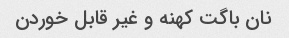
نان باگت کهنه و غیر قابل خوردن